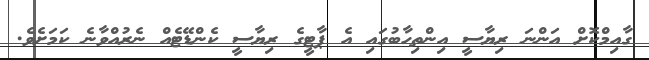
ގާއިމްކޮށް އަންނަ ރިޔާސީ އިންތިހާބުގައި އެ ޕާޓީގެ ރިޔާސީ ކެންޑޭޓެއް ނެރުއްވާނެ ކަމަށެވެ.